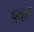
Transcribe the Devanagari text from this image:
प्त्ए